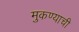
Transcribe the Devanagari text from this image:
मुकण्याची